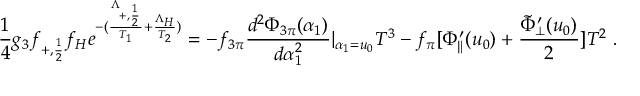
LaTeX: { \frac { 1 } { 4 } } g _ { 3 } f _ { + , { \frac { 1 } { 2 } } } f _ { H } e ^ { - ( { \frac { \Lambda _ { + , { \frac { 1 } { 2 } } } } { T _ { 1 } } } + { \frac { \Lambda _ { H } } { T _ { 2 } } } ) } = - f _ { 3 \pi } { \frac { d ^ { 2 } \Phi _ { 3 \pi } ( \alpha _ { 1 } ) } { d \alpha _ { 1 } ^ { 2 } } } | _ { \alpha _ { 1 } = u _ { 0 } } T ^ { 3 } - f _ { \pi } [ \Phi _ { \| } ^ { \prime } ( u _ { 0 } ) + { \frac { { \tilde { \Phi } } _ { \bot } ^ { \prime } ( u _ { 0 } ) } { 2 } } ] T ^ { 2 } \; .